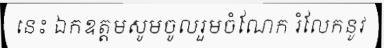
នេះ ឯកឧត្តមសូមចូលរួមចំណែក រំលែកនូវ